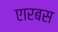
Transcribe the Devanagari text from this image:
एारबस